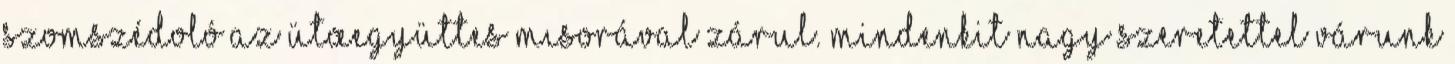
Szomszédoló az ÜtŒegyüttes mısorával zárul. Mindenkit nagy szeretettel várunk